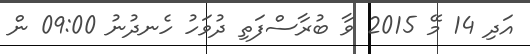
އަދި 14 މޭ 2015 ވާ ބުރާސްފަތި ދުވަހު ހެނދުނު 09:00 ން